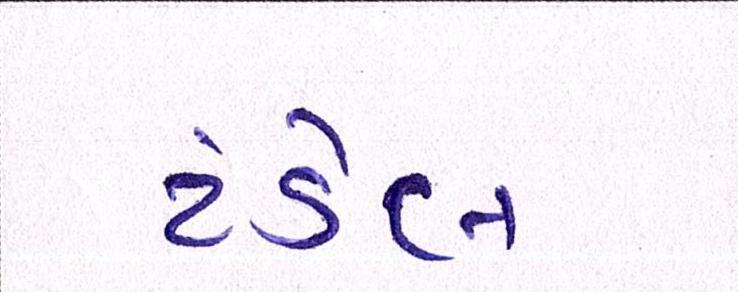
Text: ટંડેલ